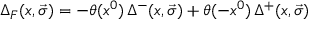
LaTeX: { \Delta } _ { F } ( x , \vec { \sigma } ) = - \theta ( x ^ { 0 } ) \, { \Delta } ^ { - } ( x , \vec { \sigma } ) + \theta ( - x ^ { 0 } ) \, { \Delta } ^ { + } ( x , \vec { \sigma } )